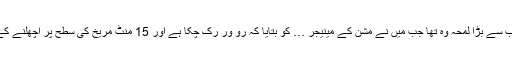
فنلے بتاتی ہیں، "میرے لیے خوشی کا سب سے بڑا لمحہ وہ تھا جب میں نے مشن کے مینیجر … کو بتایا کہ رو ور رک چکا ہے اور 15 منٹ مریخ کی سطح پر اچھلنے کے باوجود "صحیح سلامت" حالت میں ہے۔